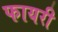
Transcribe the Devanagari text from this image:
फायरी